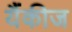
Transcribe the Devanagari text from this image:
यैंकीज